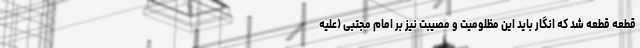
قطعه قطعه شد که انگار باید این مظلومیت و مصیبت نیز بر امام مجتبی (علیه